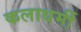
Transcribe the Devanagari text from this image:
कलाधर्मी